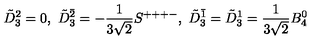
\tilde { D } _ { 3 } ^ { 2 } = 0 , \ \tilde { D } _ { 3 } ^ { \bar { 2 } } = - \frac { 1 } { 3 \sqrt { 2 } } S ^ { + + + - } , \ \tilde { D } _ { 3 } ^ { \bar { 1 } } = \tilde { D } _ { 3 } ^ { 1 } = \frac { 1 } { 3 \sqrt { 2 } } B _ { 4 } ^ { 0 }